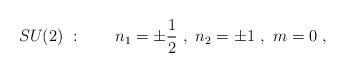
LaTeX: \begin{align*}SU(2)\ :\quad\quad n_1=\pm{1\over 2}\ ,\ n_2=\pm 1\ ,\ m=0\ ,\end{align*}